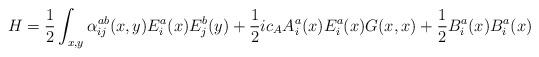
LaTeX: \begin{align*}H={1\over 2}\int_{x,y}\alpha^{ab}_{ij}(x,y)E^a_i(x)E^b_j(y)+{1\over 2}ic_A A^a_i(x)E^a_i(x)G(x,x) + {1\over 2} B^a_i(x) B^a_i(x)\end{align*}